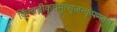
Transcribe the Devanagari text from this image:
किंत्वङ्गीकृतमुत्सृजन्कृपणवत्